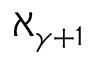
\aleph _ { \gamma + 1 }